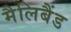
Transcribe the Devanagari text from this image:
मैलिबैंड